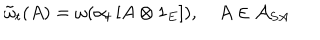
LaTeX: \tilde { \omega } _ { t } ( A ) = \omega ( \alpha _ { t } \left[ A \otimes 1 _ { E } \right] ) , \quad A \in \mathcal { A } _ { S A }